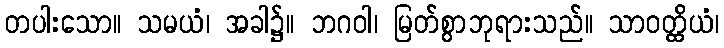
တပါးသော။ သမယံ၊ အခါ၌။ ဘဂဝါ၊ မြတ်စွာဘုရားသည်။ သာဝတ္ထိယံ၊